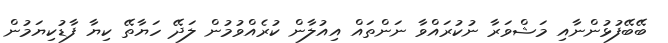
ބޭބޭފުޅުންނާއި މަޝްވަރާ ނުކުރައްވާ ނަންތައް އިއުލާން ކުރެއްވުމުން ލަދޭ ހަޔާތޭ ކިޔާ ފާޑުކިޔަމުން